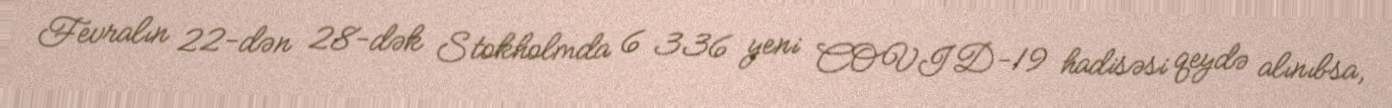
Fevralın 22-dən 28-dək Stokholmda 6 336 yeni COVID-19 hadisəsi qeydə alınıbsa,